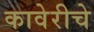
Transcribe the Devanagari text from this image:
कावेरीचे